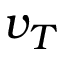
v _ { T }